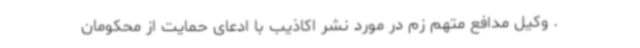
. وکیل مدافع متهم زم در مورد نشر اکاذیب با ادعای حمایت از محکومان